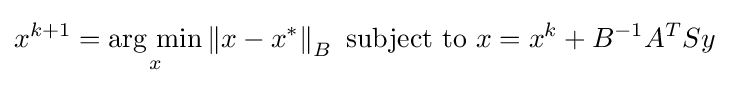
x^{k+1}={\underset {x}{\operatorname {arg\ min} }}\left\|x-x^{*}\right\|_{B}{\text{ subject to }}x=x^{k}+B^{-1}A^{T}Sy